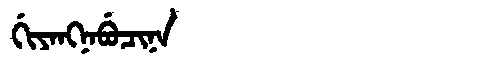
Manchu: ᡤᡳᠶᠠᠩᠨᠠᠪᡠᠴᡳᠨᠠ
Romanization: GIYANGNABUCINA